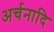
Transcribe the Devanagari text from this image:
अर्चनादि